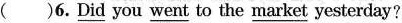
( )6. \underline{Did} you \underline{went} to the \underline{market} yesterday?